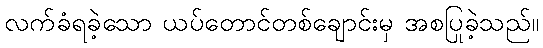
လက်ခံရခဲ့သော ယပ်တောင်တစ်ချောင်းမှ အစပြုခဲ့သည်။